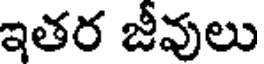
ఇతర జీవులు